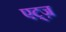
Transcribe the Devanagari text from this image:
एट्ज़